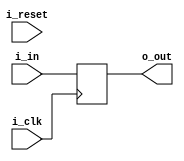
module delay1(i_clk, i_reset,
	i_in, o_out);

parameter D = 1;
parameter W = 1;

localparam Dp = D+1;

input wire i_clk;
input wire i_reset;
input wire [W-1:0] i_in;
output wire [W-1:0] o_out;

generate case (D)
0:
assign o_out = i_in;
1: begin
reg [W-1:0] delay_1;
always @(posedge i_clk)
	delay_1 <= i_in;
assign o_out = delay_1;
end
default: begin
reg [Dp*W-1:0] delay_line;
always @(posedge i_clk) begin
	if (i_reset)
		delay_line <= 0;
	else begin
		delay_line = {i_in, delay_line[W*Dp-W-1:W]};
	end
end
assign o_out = delay_line[W-1:0];
end
endcase
endgenerate

endmodule